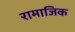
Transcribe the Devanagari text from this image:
रामाजिक